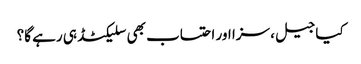
کیا جیل، سزا اور احتساب بھی سلیکٹڈ ہی رہے گا؟